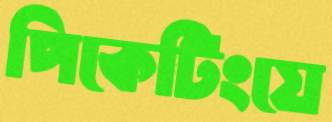
পিকেটিংয়ে